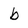
Character: b